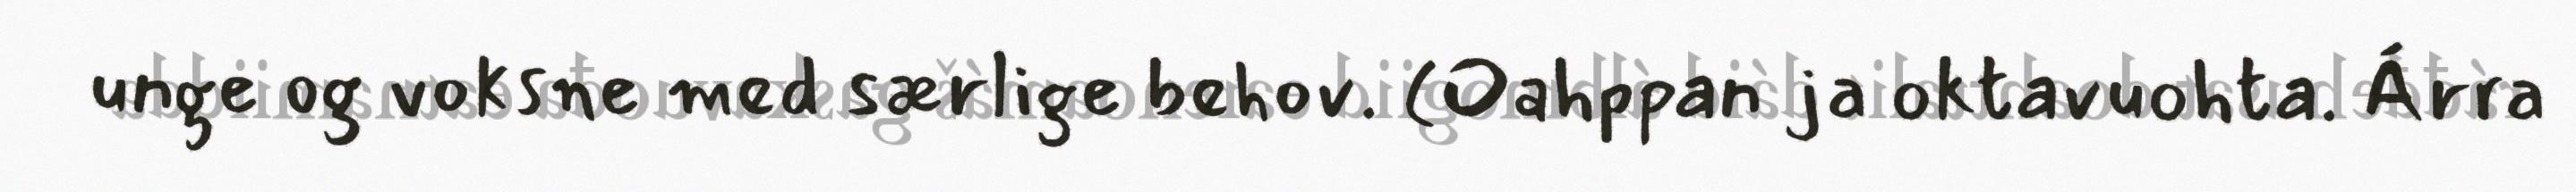
unge og voksne med særlige behov. (Oahppan ja oktavuohta. Árra